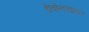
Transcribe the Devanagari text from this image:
डेवोनसायर